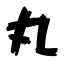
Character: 丸